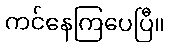
ကင်နေကြပေပြီ။